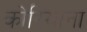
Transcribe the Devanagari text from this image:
कोरियाना